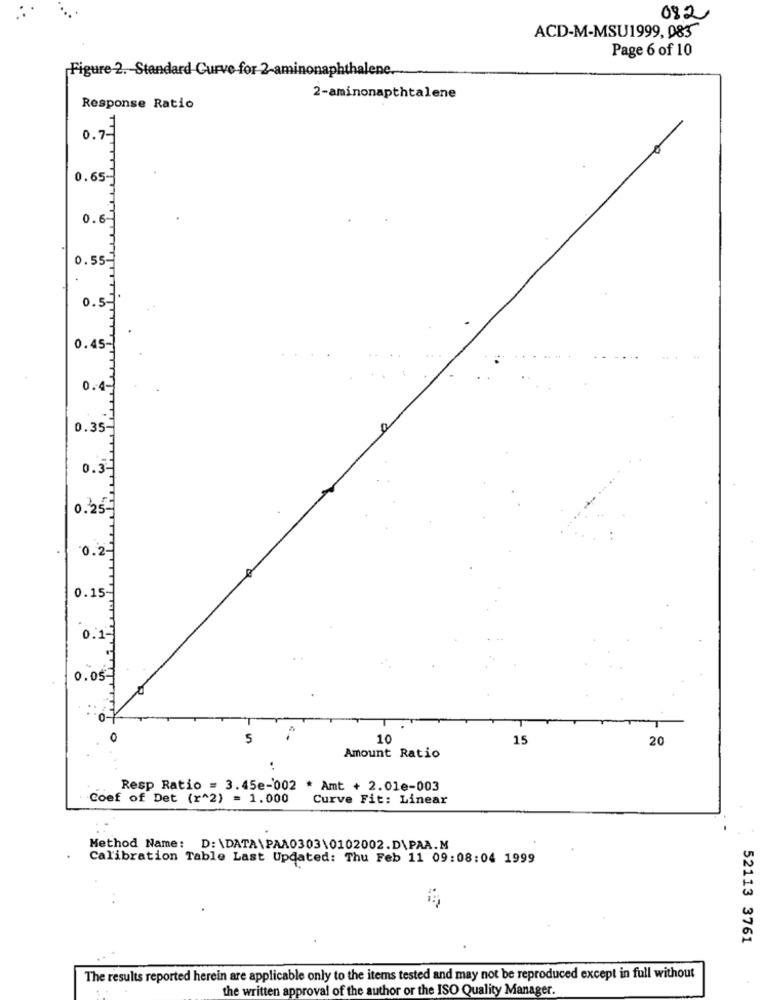
082
ACD-M-MSU1999, 085
Page 6 of 10
Figure 2. Standard Curve for 2-aminonaphthalene.
2-aminonapthtalene
Response Ratio
0.7-
0.65-
0.6
0.55-
0.5-
0.45-
0.4-
0.35-
0.3
0.25-
0.2-
0.15
0.1
0.05
10
15
20
Amount Ratio
Resp Ratio = 3.45e-002 * Amt + 2.01e-003
Coef of Det (r^2) = 1.000
Curve Fit: Linear
Method Name: D:\DATA\PAA0303\0102002.D\PAA.M
Calibration Table Last Updated: Thu Feb 11 09:08:04 1999
52113 3761
The results reported herein are applicable only to the items tested and may not be reproduced except in full without
the written approval of the author or the ISO Quality Manager.